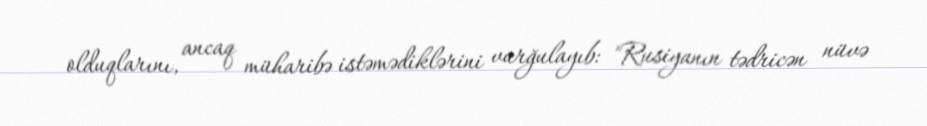
olduqlarını, ancaq müharibə istəmədiklərini vurğulayıb: "Rusiyanın tədricən nüvə